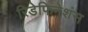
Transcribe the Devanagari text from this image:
रिडेफिनेशंस